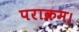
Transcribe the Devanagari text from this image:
पराक्रम।